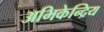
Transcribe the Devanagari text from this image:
अभिकेन्द्रिय